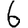
Digit: 6